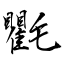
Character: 氍